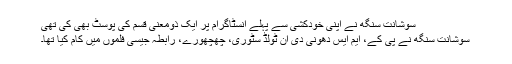
سوشانت سنگھ نے اپنی خودکشی سے پہلے انسٹاگرام پر ایک ذومعنی قسم کی پوسٹ بھی کی تھی
سوشانت سنگھ نے پی کے، ایم ایس دھونی دی ان ٹولڈ سٹوری، چھچھورے، رابطہ جیسی فلموں میں کام کیا تھا۔